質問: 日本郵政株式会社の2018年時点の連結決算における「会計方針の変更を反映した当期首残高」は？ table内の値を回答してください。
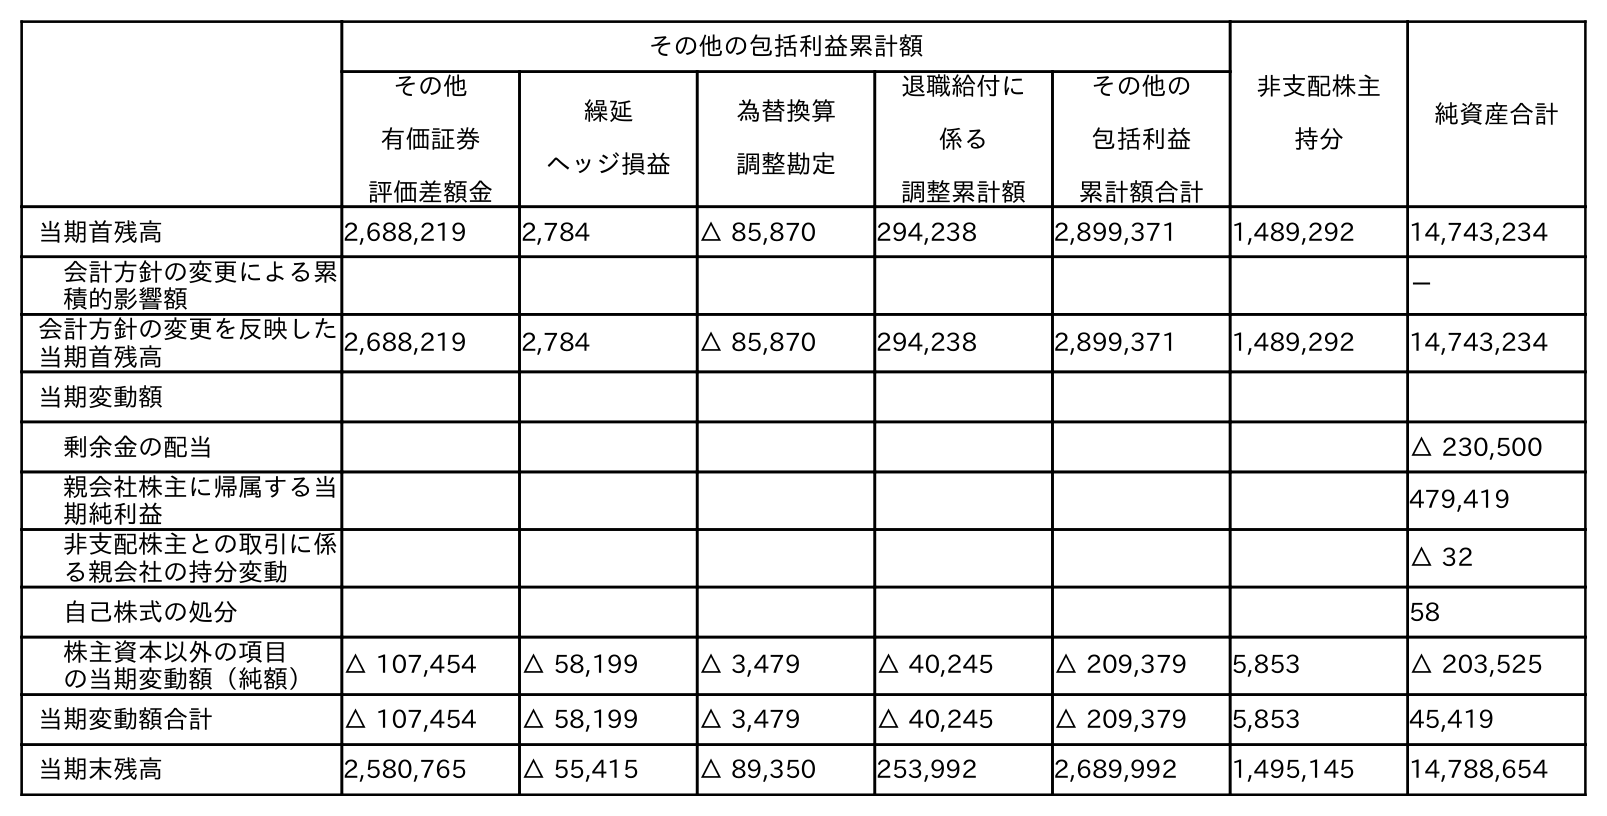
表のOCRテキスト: その他の包括利益累計額 非支配株主 持分 純資産合計 その他 有価証券 評価差額金 繰延 ヘッジ損益 為替換算 調整勘定 退職給付に 係る 調整累計額 その他の 包括利益 累計額合計 当期首残高 2,688,219 2,784 △ 85,870 294,238 2,899,371 1,489,292 14,743,234 会計方針の変更による累 積的影響額 － 会計方針の変更を反映した 当期首残高 2,688,219 2,784 △ 85,870 294,238 2,899,371 1,489,292 14,743,234 当期変動額 剰余金の配当 △ 230,500 親会社株主に帰属する当 期純利益 479,419 非支配株主との取引に係 る親会社の持分変動 △ 32 自己株式の処分 58 株主資本以外の項目 の当期変動額（純額） △ 107,454 △ 58,199 △ 3,479 △ 40,245 △ 209,379 5,853 △ 203,525 当期変動額合計 △ 107,454 △ 58,199 △ 3,479 △ 40,245 △ 209,379 5,853 45,419 当期末残高 2,580,765 △ 55,415 △ 89,350 253,992 2,689,992 1,495,145 14,788,654
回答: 14,743,234